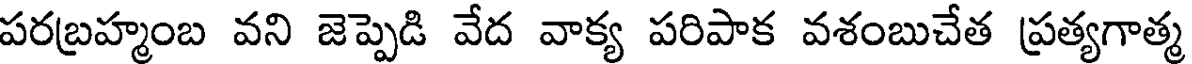
పరబ్రహ్మంబ వని జెప్పెడి వేద వాక్య పరిపాక వశంబుచేత ప్రత్యగాత్మ